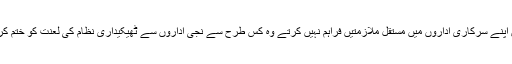
جو حکمران اپنے سرکاری اداروں میں مستقل ملازمتیں فراہم نہیں کرتے وہ کس طرح سے نجی اداروں سے ٹھیکیداری نظام کی لعنت کو ختم کرسکتے ہیں۔